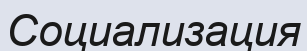
Социализация